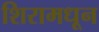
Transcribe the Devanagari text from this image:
शिरामधून